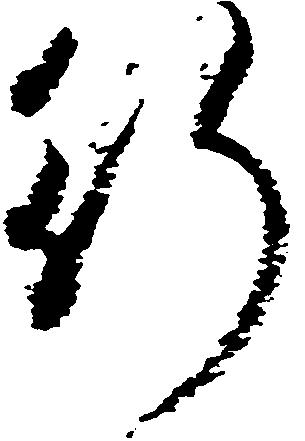
行